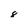
Character: 8